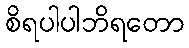
စိရပါပါဘိရတော